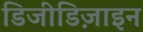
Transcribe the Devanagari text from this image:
डिजीडिज़ाइन